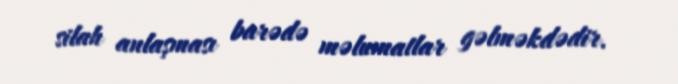
silah anlaşması barədə məlumatlar gəlməkdədir.